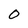
Character: 0